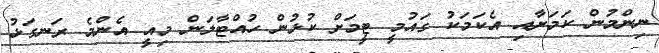
ނިންމުން ކަމަށާއި އެކަމަކު ގައުމީ ޓީމަށް ކުޅުން ހުއްޓާލަން މިއީ އެންމެ ރަނގަޅު